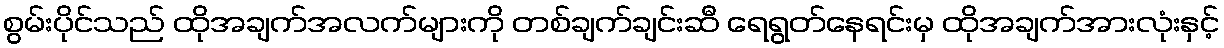
စွမ်းပိုင်သည် ထိုအချက်အလက်များကို တစ်ချက်ချင်းဆီ ရေရွတ်နေရင်းမှ ထိုအချက်အားလုံးနှင့်